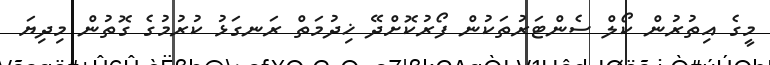
މީގެ އިތުރުން ކޯލް ސެންޓަރުތަކުން ފޯރުކޮށްދޭ ޚިދުމަތް ރަނގަޅު ކުރުމުގެ ގޮތުން މިދިޔަ